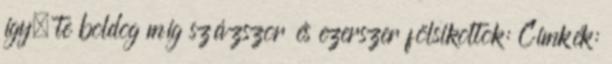
így, te boldog míg százszor és ezerszer fölsikoltok: Címkék: